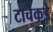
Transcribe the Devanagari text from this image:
टाचेकडे